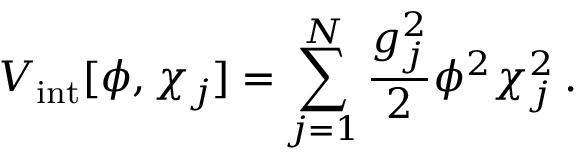
V _ { \mathrm { i n t } } [ \phi , \chi _ { j } ] = \sum _ { j = 1 } ^ { N } \frac { g _ { j } ^ { 2 } } { 2 } \phi ^ { 2 } \chi _ { j } ^ { 2 } \: .